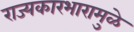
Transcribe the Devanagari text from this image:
राज्यकारभारामुळे